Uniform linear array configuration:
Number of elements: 24
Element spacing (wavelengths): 1
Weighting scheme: hann
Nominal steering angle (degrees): -60
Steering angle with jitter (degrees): -60.899
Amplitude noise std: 0.05
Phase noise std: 0.05

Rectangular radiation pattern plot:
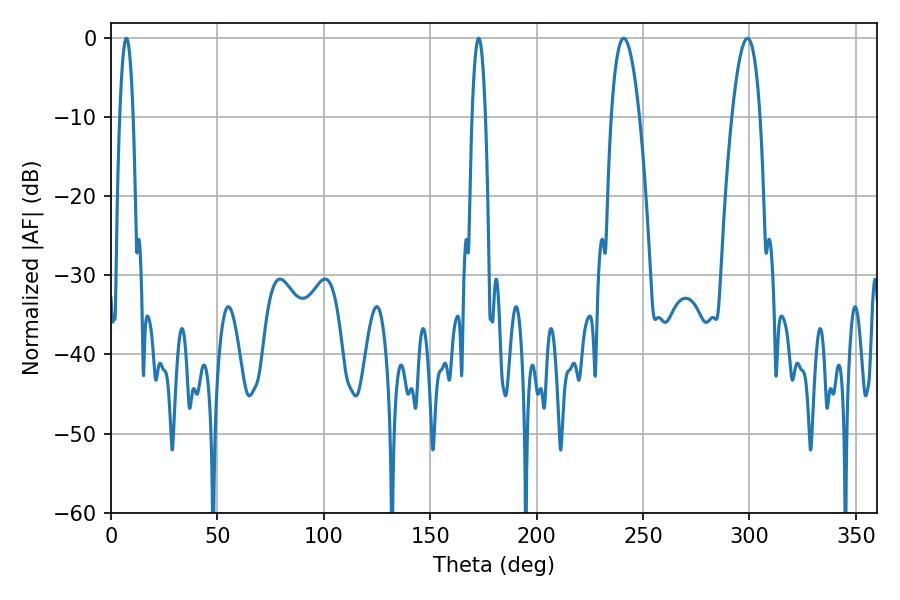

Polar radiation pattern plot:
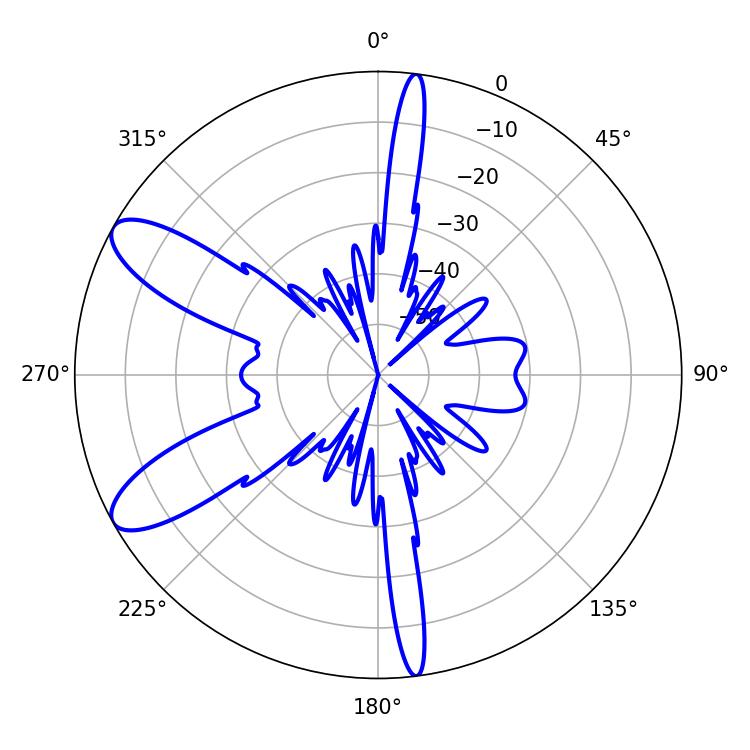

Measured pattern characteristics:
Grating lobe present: TRUE
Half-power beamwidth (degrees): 3.42
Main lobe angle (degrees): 7.2